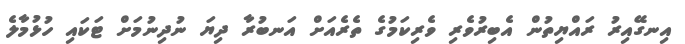
އިނގޭއިރު ރައްޔިތުން އެބިރުވެރި ވެރިކަމުގެ ތެރެއަށް އަނބުރާ ދިޔަ ނުދިނުމަށް ޓަކައި ހުޅުމާލެ